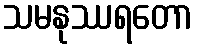
သမနုဿရတော